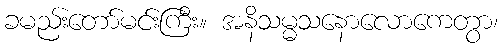
ခမည်းတော်မင်းကြီး။ အနိသမ္မသနောလောကေတွာ၊